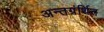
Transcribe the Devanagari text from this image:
अन्‍तग्रंर्थित